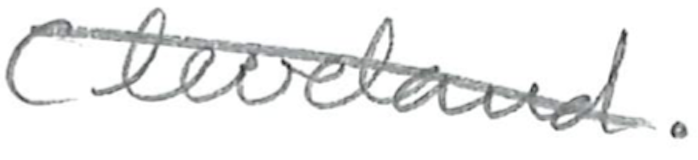
Text: Cleveland.
Cross-out: diagonal
Writing tool: pencil